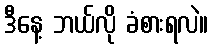
ဒီနေ့ ဘယ်လို ခံစားရလဲ။